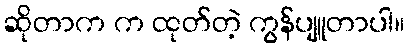
ဆိုတာက က ထုတ်တဲ့ ကွန်ပျူတာပါ။